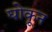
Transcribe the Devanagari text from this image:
घोकून